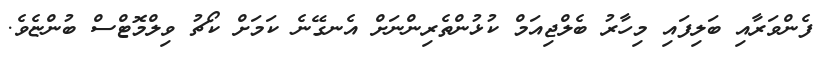
ފެންވަރާއި ބަލިފައި މިހާރު ބެލްޖިއަމް ކުޅުންތެރިންނަށް އެނގޭނެ ކަމަށް ކޯޗު ވިލްމޮޓްސް ބުންޏެވެ.